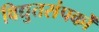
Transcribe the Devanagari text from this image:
विद्युतसंपर्कों